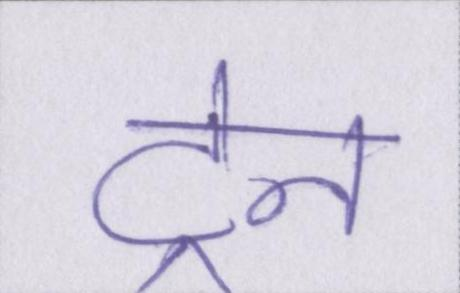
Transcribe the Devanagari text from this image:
ट्रेन